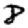
Digit: 8